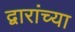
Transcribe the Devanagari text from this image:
द्वारांच्या